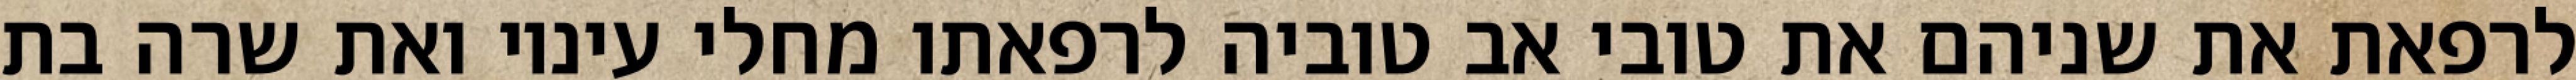
לרפאת את שניהם את טובי אב טוביה לרפאתו מחלי עיניו ואת שרה בת